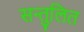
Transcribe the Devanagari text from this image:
सन्‍तुलित